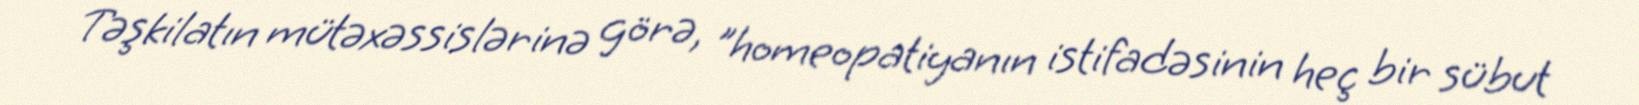
Təşkilatın mütəxəssislərinə görə, "homeopatiyanın istifadəsinin heç bir sübut